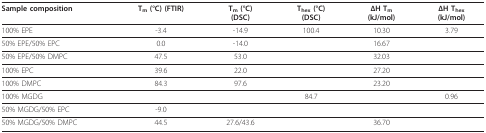
| Sample composition | Tm (°C) (FTIR) | Tm (°C)(DSC) | Thex (°C)(DSC) | ΔH Tm(kJ/mol) | ΔH Thex(kJ/mol) |
 | --- | --- | --- | --- | --- | --- |
 | 100% EPE | -3.4 | -14.9 | 100.4 | 10.30 | 3.79 |
 | 50% EPE/50% EPC | 0.0 | -14.0 |  | 16.67 |  |
 | 50% EPE/50% DMPC | 47.5 | 53.0 |  | 32.03 |  |
 | 100% EPC | 39.6 | 22.0 |  | 27.20 |  |
 | 100% DMPC | 84.3 | 97.6 |  | 23.20 |  |
 | 100% MGDG |  |  | 84.7 |  | 0.96 |
 | 50% MGDG/50% EPC | -9.0 |  |  |  |  |
 | 50% MGDG/50% DMPC | 44.5 | 27.6/43.6 |  | 36.70 |  |